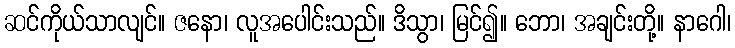
ဆင်ကိုယ်သာလျင်။ ဇနော၊ လူအပေါင်းသည်။ ဒိသွာ၊ မြင်၍။ ဘော၊ အချင်းတို့။ နာဂေါ၊